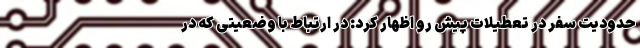
حدودیت سفر در تعطیلات پیش رو اظهار کرد: در ارتباط با وضعیتی که در